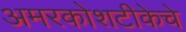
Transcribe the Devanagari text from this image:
अमरकोशटीकेचे